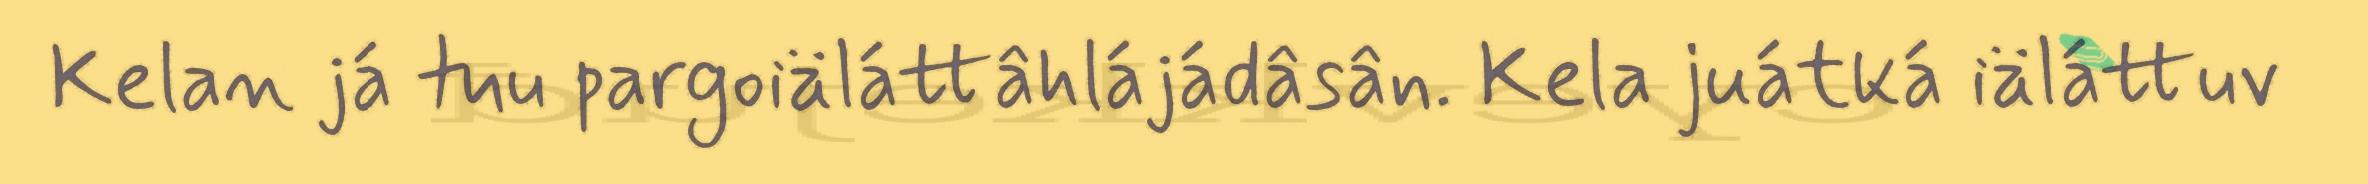
Kelan já tuu pargoiäláttâhlájádâsân. Kela juátká iäláttuv